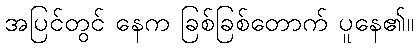
အပြင်တွင် နေက ခြစ်ခြစ်တောက် ပူနေ၏။